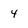
Character: 4